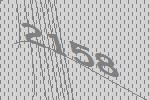
2158